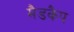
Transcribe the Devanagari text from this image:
मैडकैप